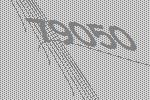
79050